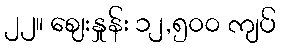
၂၂။ ဈေးနှုန်း ၁၂,၅၀၀ ကျပ်